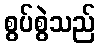
စွပ်စွဲသည်